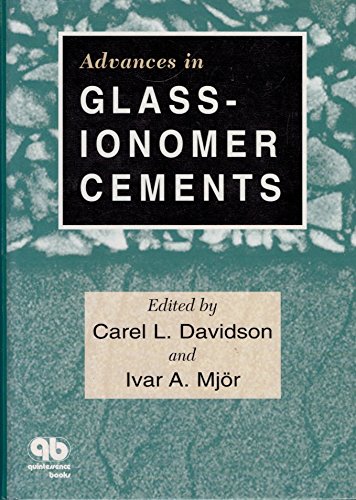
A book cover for Advances in Glass-Ionomer Cements; Carel L. Davidson; Medical Books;